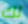
لك